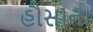
હૌસાના